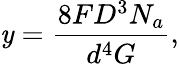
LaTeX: \mathit{y}=\frac{{8FD^{3}N_{a}}}{{d^{4}G}},